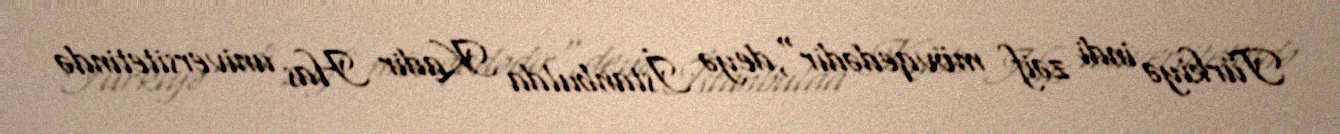
Türkiyə indi zəif mövqedədir",deyə İstanbulda Kadir Has universitetində